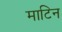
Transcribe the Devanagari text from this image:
माटिन